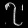
Digit: ၇